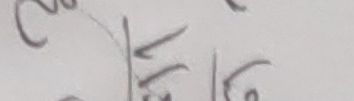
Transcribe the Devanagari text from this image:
२१६८